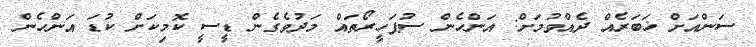
ސަންއަށް ޚަބަރެއް ދެއްވުމަށް: އަންހެން ސުޕަހީރޯތައް މަދުވެގެން ޑީސީ ކޮމިކަށް ކުޑަ އަންހެން